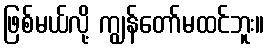
ဖြစ်မယ်လို့ ကျွန်တော်မထင်ဘူး။